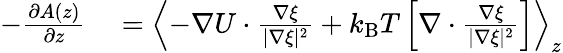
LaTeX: \begin{array}{rl}{-\frac{\partial A(z)}{\partial z}}&{{}=\left<-\nabla U\cdot\frac{\nabla\xi}{|\nabla\xi|^{2}}+{k_{\mathrm{B}}T}\left[\nabla\cdot\frac{\nabla\xi}{|\nabla\xi|^{2}}\right]\right>_{z}}\end{array}